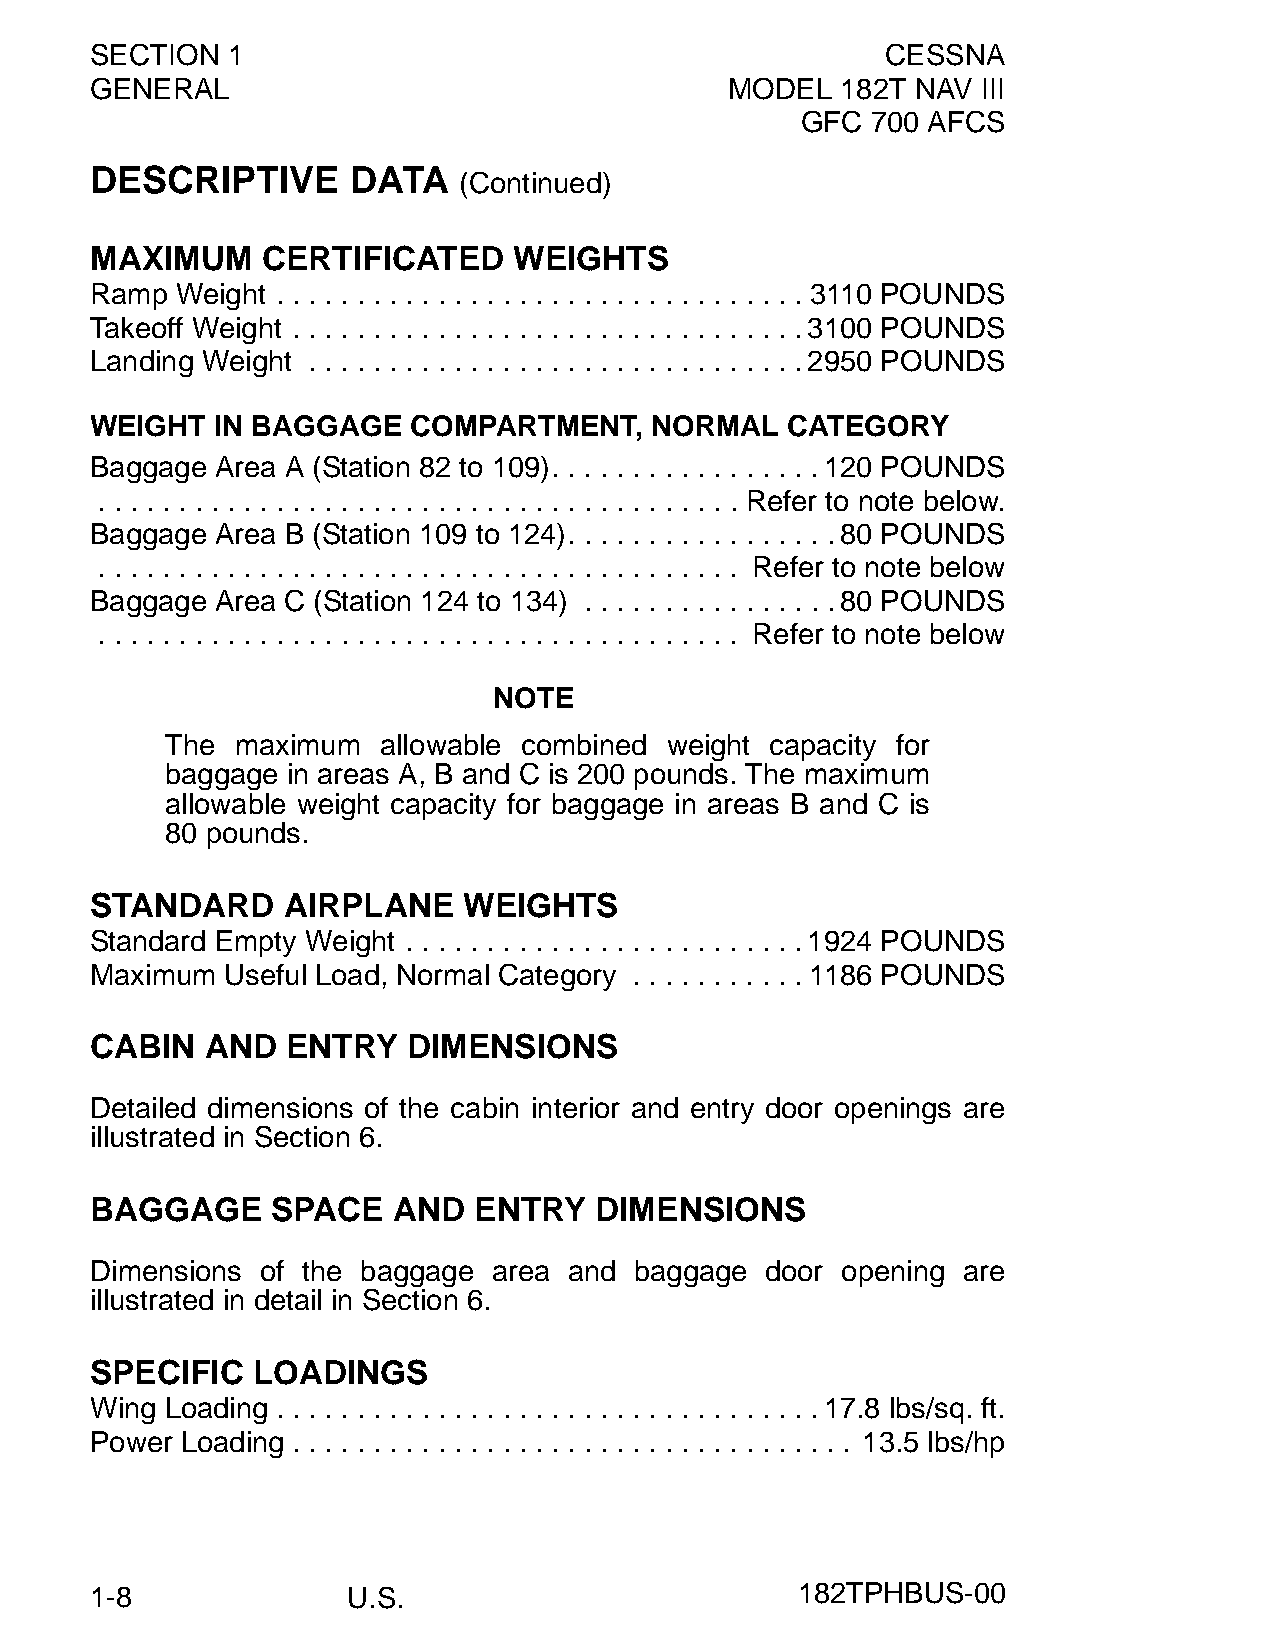
SECTION  1                                           CESSNA
 GENERAL                                   MODEL   182T NAV III
 GFC  700 AFCS
 DESCRIPTIVE      DATA
 (Continued)
 MAXIMUM    CERTIFICATED     WEIGHTS
 Ramp  Weight . . . . . . . . . . . . . . . . . . . . . . . . . . . . . . . . . 3110 POUNDS
 Takeoff Weight . . . . . . . . . . . . . . . . . . . . . . . . . . . . . . . .3100 POUNDS
 Landing Weight . . . . . . . . . . . . . . . . . . . . . . . . . . . . . . .2950 POUNDS
 WEIGHT  IN BAGGAGE   COMPARTMENT,    NORMAL   CATEGORY
 Baggage Area A (Station 82 to 109). . . . . . . . . . . . . . . . .120 POUNDS
 . . . . . . . . . . . . . . . . . . . . . . . . . . . . . . . . . . . . . . . . Refer to note below.
 Baggage Area B (Station 109 to 124). . . . . . . . . . . . . . . . .80 POUNDS
 . . . . . . . . . . . . . . . . . . . . . . . . . . . . . . . . . . . . . . . . Refer to note below
 Baggage Area C (Station 124 to 134) . . . . . . . . . . . . . . . .80 POUNDS
 . . . . . . . . . . . . . . . . . . . . . . . . . . . . . . . . . . . . . . . . Refer to note below
 NOTE
 The  maximum  allowable combined weight capacity for
 baggage in areas A, B and C is 200 pounds. The maximum
 allowable weight capacity for baggage in areas B and C is
 80 pounds.
 STANDARD     AIRPLANE    WEIGHTS
 Standard Empty Weight . . . . . . . . . . . . . . . . . . . . . . . . .1924 POUNDS
 Maximum  Useful Load, Normal Category . . . . . . . . . . . 1186 POUNDS
 CABIN   AND  ENTRY   DIMENSIONS
 Detailed dimensions of the cabin interior and entry door openings are
 illustrated in Section 6.
 BAGGAGE     SPACE   AND  ENTRY   DIMENSIONS
 Dimensions of the baggage  area and baggage  door opening are
 illustrated in detail in Section 6.
 SPECIFIC   LOADINGS
 Wing Loading . . . . . . . . . . . . . . . . . . . . . . . . . . . . . . . . . .17.8 lbs/sq. ft.
 Power Loading . . . . . . . . . . . . . . . . . . . . . . . . . . . . . . . . . . . 13.5 lbs/hp
 1-8              U.S.                          182TPHBUS-00